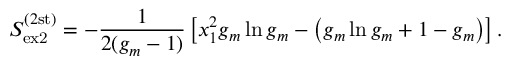
S _ { \mathrm { e x 2 } } ^ { ( 2 \mathrm { s t ) } } = - \frac { 1 } { 2 ( g _ { m } - 1 ) } \left[ x _ { 1 } ^ { 2 } g _ { m } \ln g _ { m } - \left( g _ { m } \ln g _ { m } + 1 - g _ { m } \right) \right] .